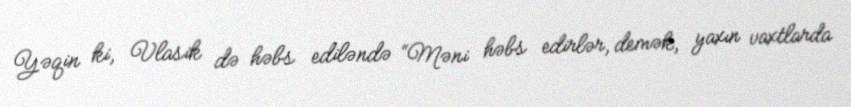
Yəqin ki, Vlasik də həbs ediləndə “Məni həbs edirlər, demək, yaxın vaxtlarda